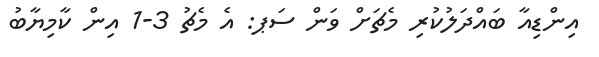
އިންޑިއާ ބައްދަލުކުރި މެޗަށް ވަން ސަޕ: އެ މެޗު 3-1 އިން ކާމިޔާބު